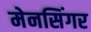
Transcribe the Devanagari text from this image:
मेनसिंगर